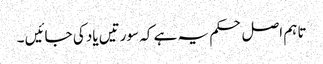
تاہم اصل حکم یہ ہے کہ سورتیں یاد کی جائیں ۔